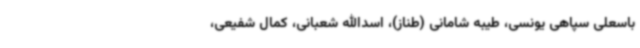
باسعلی سپاهی یونسی، طیبه شامانی (طناز)، اسدالله شعبانی، کمال شفیعی،